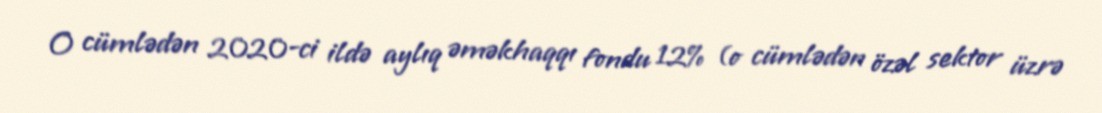
O cümlədən 2020-ci ildə aylıq əməkhaqqı fondu 12% (o cümlədən özəl sektor üzrə